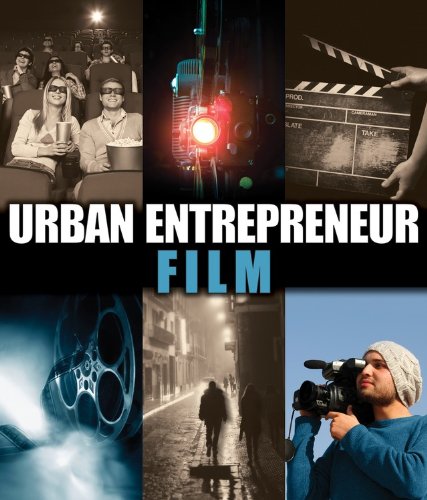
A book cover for Film (Urban Entrepreneur); Jenny Skogen; Teen & Young Adult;